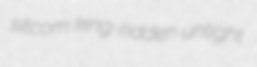
sitcom king-ridden untight